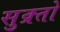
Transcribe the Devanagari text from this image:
सुक्र्तो